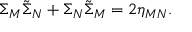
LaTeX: \Sigma _ { M } \tilde { \Sigma } _ { N } + \Sigma _ { N } \tilde { \Sigma } _ { M } = 2 \eta _ { M N } .